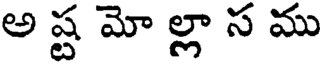
అ ష్ట మో ల్లా స ము